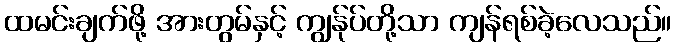
ထမင်းချက်ဖို့ အားတွမ်နှင့် ကျွန်ုပ်တို့သာ ကျန်ရစ်ခဲ့လေသည်။